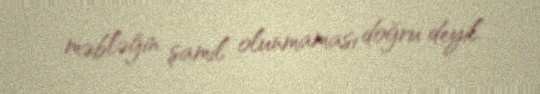
məbləğin şamil olunmaması doğru deyil.